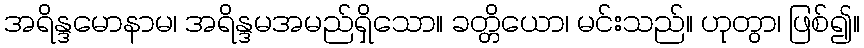
အရိန္ဒမောနာမ၊ အရိန္ဒမအမည်ရှိသော။ ခတ္တိယော၊ မင်းသည်။ ဟုတွာ၊ ဖြစ်၍။